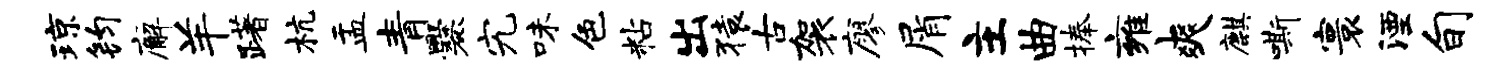
琼钧廨羊躇杭盂青爨究味色粘出猿古袈廖屑主曲捧雍爽麒嘶寰湮旬